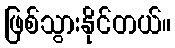
ဖြစ်သွားနိုင်တယ်။